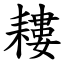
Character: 耬